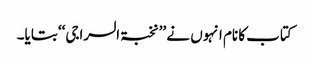
کتاب کا نام انہوں نے ’’نخبۃ السراجی‘‘ بتایا۔